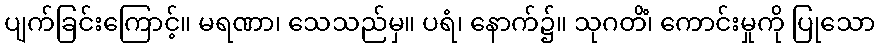
ပျက်ခြင်းကြောင့်။ မရဏာ၊ သေသည်မှ။ ပရံ၊ နောက်၌။ သုဂတိံ၊ ကောင်းမှုကို ပြုသော